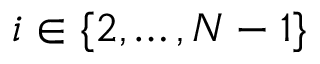
i \in \{ 2 , \ldots , N - 1 \}